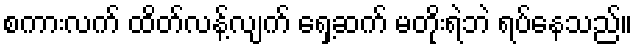
စကားလက် ထိတ်လန့်လျက် ရှေ့ဆက် မတိုးရဲဘဲ ရပ်နေသည်။